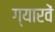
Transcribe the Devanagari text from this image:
ग्‍यारवें